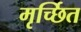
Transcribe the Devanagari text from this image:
मृर्च्छित